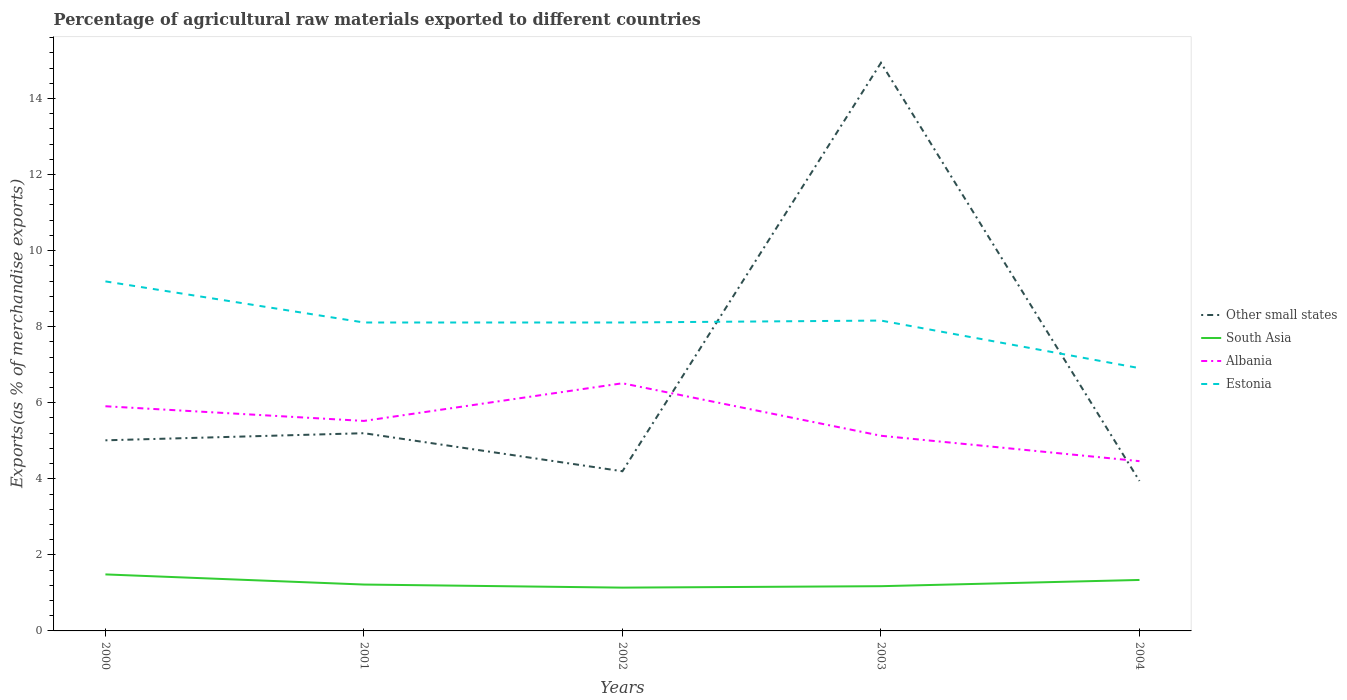
| Years | Other small states | South Asia | Albania | Estonia |
 | --- | --- | --- | --- | --- |
 | 2000 | 5.01 | 1.49 | 5.91 | 9.19 |
 | 2001 | 5.2 | 1.22 | 5.52 | 8.11 |
 | 2002 | 4.2 | 1.14 | 6.51 | 8.11 |
 | 2003 | 14.9 | 1.18 | 5.13 | 8.16 |
 | 2004 | 3.94 | 1.34 | 4.46 | 6.91 |